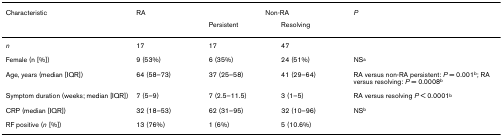
| Characteristic | RA | <COLSPAN=2> Non-RA | P |
 |  |  | Persistent | Resolving |  |
 | --- | --- | --- | --- | --- |
 | n | 17 | 17 | 47 |  |
 | Female (n [%]) | 9 (53%) | 6 (35%) | 24 (51%) | NSa |
 | Age, years (median [IQR]) | 64 (58–73) | 37 (25–58) | 41 (29–64) | RA versus non-RA persistent: P = 0.001b; RA versus resolving: P = 0.0008b |
 | Symptom duration (weeks; median [IQR]) | 7 (5–9) | 7 (2.5–11.5) | 3 (1–5) | RA versus resolving P < 0.0001b |
 | CRP (median [IQR]) | 32 (18–53) | 62 (31–95) | 32 (10–96) | NSb |
 | RF positive (n [%]) | 13 (76%) | 1 (6%) | 5 (10.6%) |  |